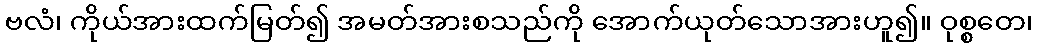
ဗလံ၊ ကိုယ်အားထက်မြတ်၍ အမတ်အားစသည်ကို အောက်ယုတ်သောအားဟူ၍။ ဝုစ္စတေ၊